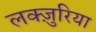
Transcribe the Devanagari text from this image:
लक्ज़ुरिया